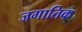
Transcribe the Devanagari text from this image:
जगातिक